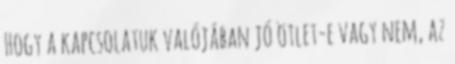
Hogy a kapcsolatuk valójában jó ötlet-e vagy nem, az